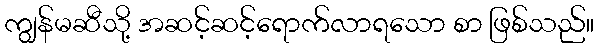
ကျွန်မဆီသို့ အဆင့်ဆင့်ရောက်လာရသော စာ ဖြစ်သည်။